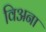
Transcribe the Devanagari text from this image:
विअना